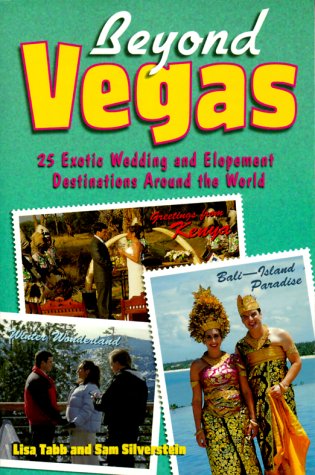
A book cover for Beyond Vegas: 25 Exotic Wedding and Elopement Destinations Around the World; Lisa Tabb; Crafts, Hobbies & Home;